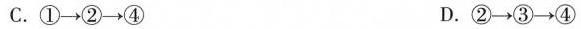
C.①\rightarrow ②\rightarrow ④ D.②\rightarrow ③\rightarrow ④